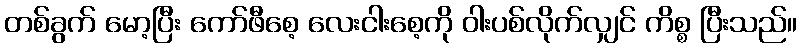
တစ်ခွက် မော့ပြီး ကော်ဖီစေ့ လေးငါးစေ့ကို ဝါးပစ်လိုက်လျှင် ကိစ္စ ပြီးသည်။